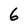
Character: 6